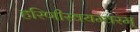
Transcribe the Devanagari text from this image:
हरिणीस्वयम्वरम्